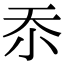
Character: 𭕇